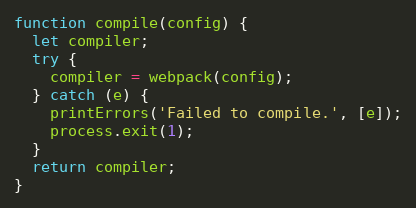
Language: JavaScript
function compile(config) {
  let compiler;
  try {
    compiler = webpack(config);
  } catch (e) {
    printErrors('Failed to compile.', [e]);
    process.exit(1);
  }
  return compiler;
}